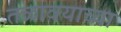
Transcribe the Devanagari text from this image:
तळावयाच्या